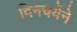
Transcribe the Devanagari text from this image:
दिनचर्येने